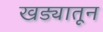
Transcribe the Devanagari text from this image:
खड्यातून